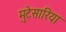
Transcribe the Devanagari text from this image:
मुटेसारिया